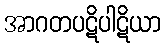
အာဂတပဋိပါဋိယာ